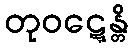
တုဝဋ္ဋေန္တိ